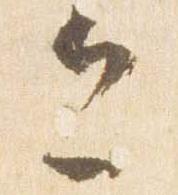
今